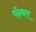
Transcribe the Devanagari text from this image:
पॅन्थर